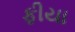
ફીયા